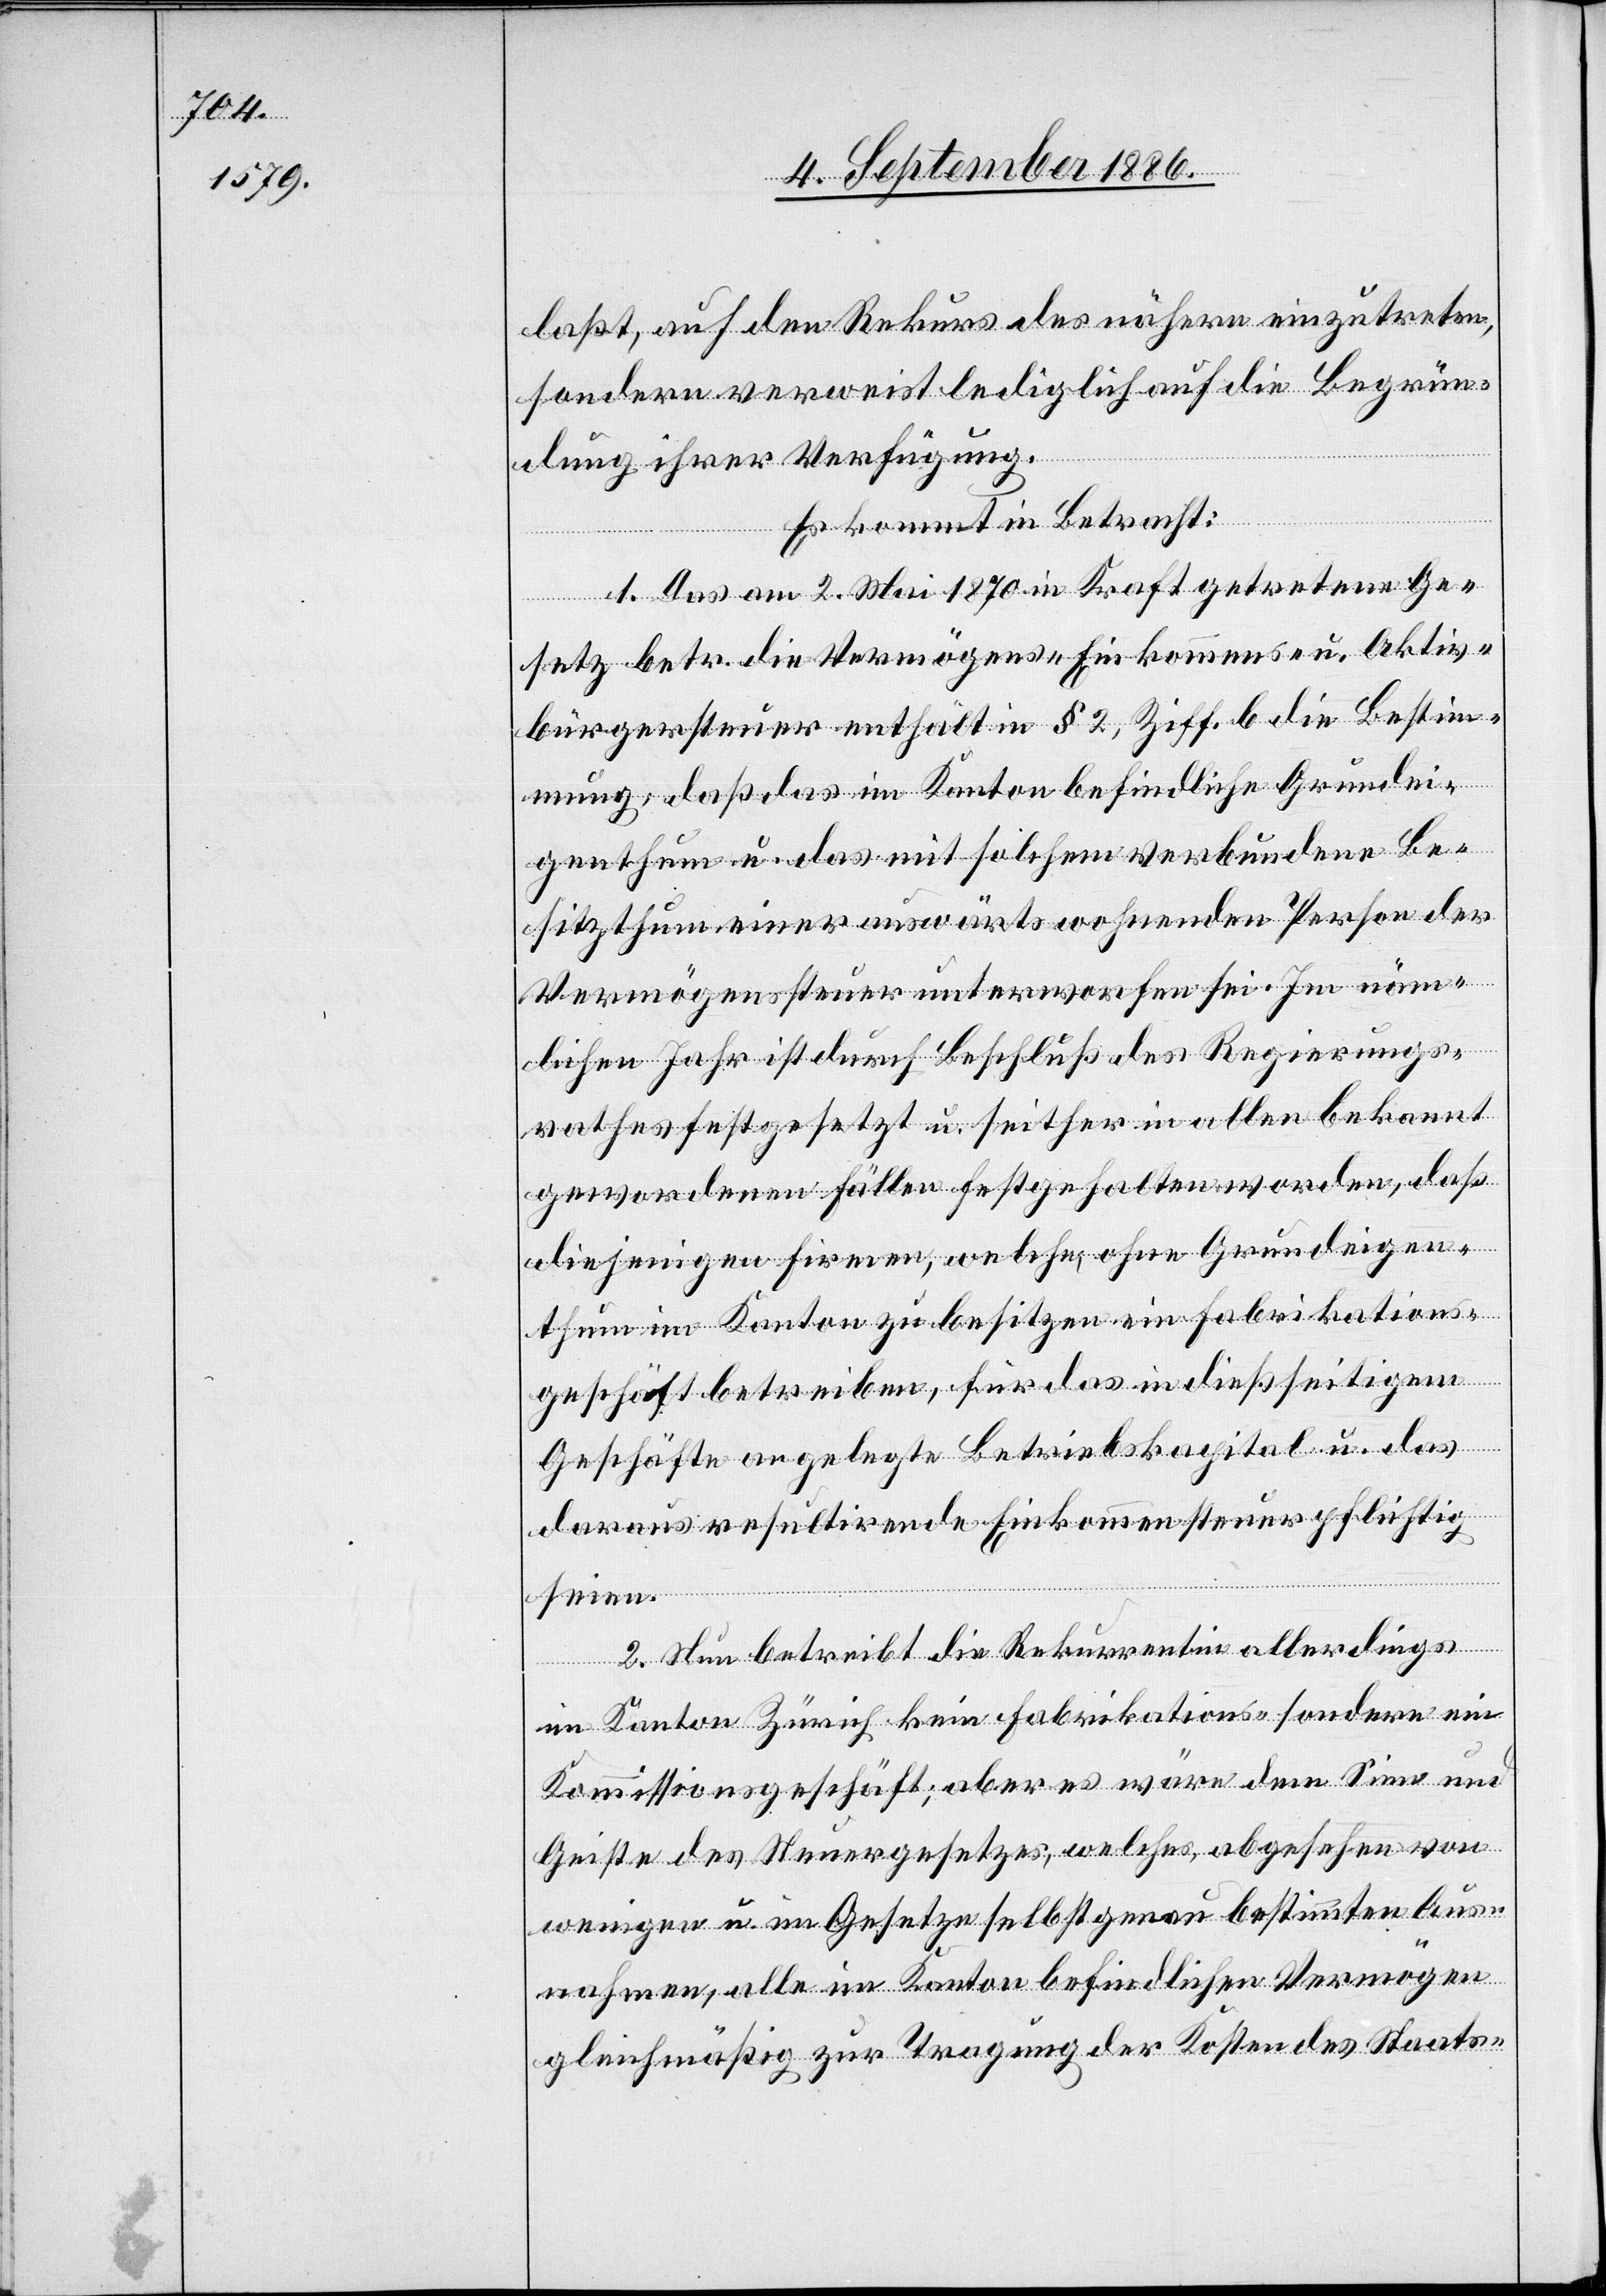
laßt, auf den Rekurs des nähern einzutreten,
sondern verweist lediglich auf die Begrün¬
dung ihrer Verfügung.
Es kommt in Betracht:
1. Das am 2. Mai 1870 in Kraft getretene Ge¬
setz betr. die Vermögens-, Einkommens- u. Aktiv¬
bürgersteuer enthält in § 2, Ziff. b die Bestim¬
mung, daß das im Kanton befindliche Grundei¬
genthum u. das mit solchem verbundene Be¬
sitzthum einer auswärts wohnenden Person der
Vermögenssteuer unterworfen sei. Im näm¬
lichen Jahr ist durch Beschluß des Regierungs¬
rathes festgesetzt u. seither in allen bekannt
gewordenen Fällen festgehalten worden, daß
diejenigen Firmen, welche, ohne Grundeigen¬
thum im Kanton zu besitzen ein Fabrikations¬
geschäft betreiben, für das in dießseitigem
Geschäfte angelegte Betriebskapital u. das
daraus resultirende Einkommen steuerpflichtig
seien.
2. Nun betreibt die Rekurrentin allerdings
im Kanton Zürich kein Fabrikations- sondern ein
Kommissionsgeschäft; aber es wäre dem Sinn und
Geiste des Steuergesetzes, welches, abgesehen von
wenigen u. im Gesetze selbst genau bestimmten Aus¬
nahmen, alle im Kanton befindlichen Vermögen
gleichmäßig zur Tragung der Kosten des Staats-